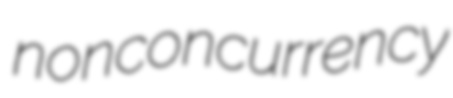
nonconcurrency